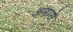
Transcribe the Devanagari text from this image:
अगासे